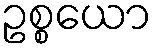
ဥစ္စယော